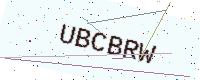
Text: UBCBRW